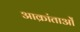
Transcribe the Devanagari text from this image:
आक्रांताओँ